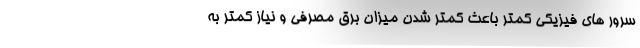
سرور های فیزیکی کمتر باعث کمتر شدن میزان برق مصرفی و نیاز کمتر به